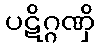
ပဋိဂ္ဂဏှိ